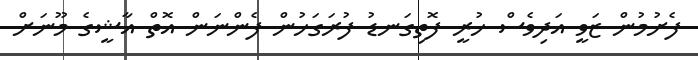
ފެށުމުން ޒަވީ އަދިވެސް ހުރީ ފޮތިގަނޑު ފުރަގަހުން ފެންނަން އޮތް އާޝީގެ މޫނަށް